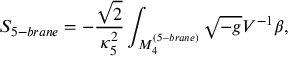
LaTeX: S _ { 5 - b r a n e } = - \frac { \sqrt { 2 } } { \kappa _ { 5 } ^ { 2 } } \int _ { M _ { 4 } ^ { ( 5 - b r a n e ) } } { \sqrt { - g } V ^ { - 1 } \beta } ,